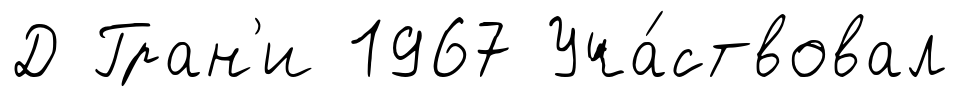
Д Гран'и 1967 Уча́ствовал